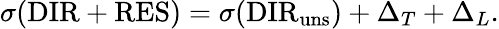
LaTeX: \sigma({\mathrm{DIR}}+{\mathrm{RES}})=\sigma({\mathrm{DIR}_{\mathrm{uns}}})+\Delta_{T}+\Delta_{L}.